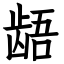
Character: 龉